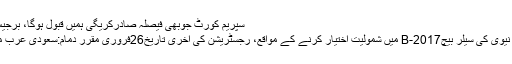
سپریم کورٹ جوبھی فیصلہ صادرکریگی ہمیں قبول ہوگا، برجیس طاہر
پاکستان نیوی کی سیلر بیچB-2017 میں شمولیت اختیار کرنے کے مواقع، رجسٹریشن کی آخری تاریخ26فروری مقرر دمام:سعودی عرب میں ای ۔